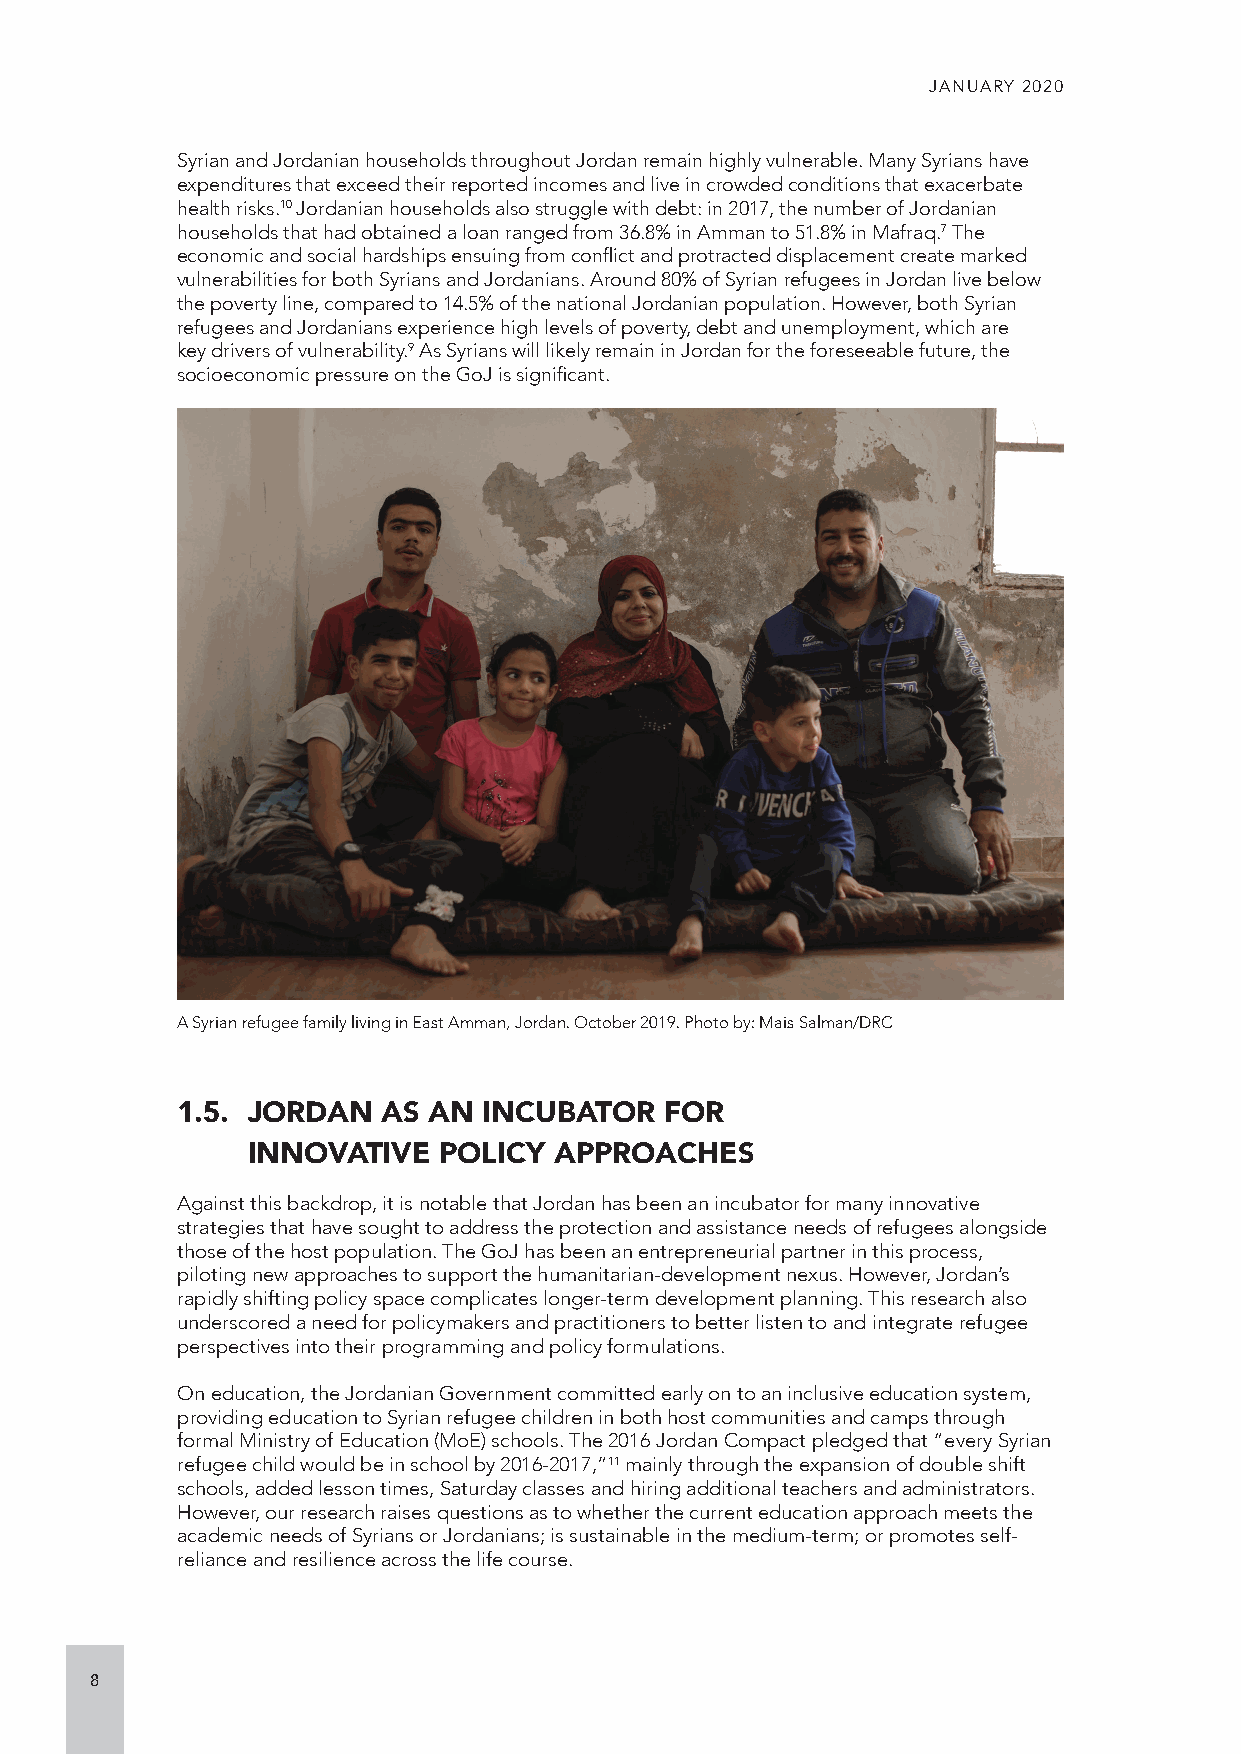
JANUARY 2020
 Syrian and Jordanian households throughout Jordan remain highly vulnerable. Many Syrians have
 expenditures that exceed their reported incomes and live in crowded conditions that exacerbate
 health risks.10 Jordanian households also struggle with debt: in 2017, the number of Jordanian
 households that had obtained a loan ranged from 36.8% in Amman to 51.8% in Mafraq.7 The
 economic and social hardships ensuing from conflict and protracted displacement create marked
 vulnerabilities for both Syrians and Jordanians. Around 80% of Syrian refugees in Jordan live below
 the poverty line, compared to 14.5% of the national Jordanian population. However, both Syrian
 refugees and Jordanians experience high levels of poverty, debt and unemployment, which are
 key drivers of vulnerability.9 As Syrians will likely remain in Jordan for the foreseeable future, the
 socioeconomic pressure on the GoJ is significant.
 A Syrian refugee family living in East Amman, Jordan. October 2019. Photo by: Mais Salman/DRC
 1.5. JORDAN  AS AN  INCUBATOR   FOR
 INNOVATIVE   POLICY  APPROACHES
 Against this backdrop, it is notable that Jordan has been an incubator for many innovative
 strategies that have sought to address the protection and assistance needs of refugees alongside
 those of the host population. The GoJ has been an entrepreneurial partner in this process,
 piloting new approaches to support the humanitarian-development nexus. However, Jordan’s
 rapidly shifting policy space complicates longer-term development planning. This research also
 underscored a need for policymakers and practitioners to better listen to and integrate refugee
 perspectives into their programming and policy formulations.
 On education, the Jordanian Government committed early on to an inclusive education system,
 providing education to Syrian refugee children in both host communities and camps through
 formal Ministry of Education (MoE) schools. The 2016 Jordan Compact pledged that “every Syrian
 refugee child would be in school by 2016-2017,”11 mainly through the expansion of double shift
 schools, added lesson times, Saturday classes and hiring additional teachers and administrators.
 However, our research raises questions as to whether the current education approach meets the
 academic needs of Syrians or Jordanians; is sustainable in the medium-term; or promotes self-
 reliance and resilience across the life course.
 8